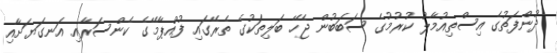
ދުންފަތުގެ އިސްތިއުމާލު ކުރުމުގެ ސަބަބުން ޖެހޭ ބަލިތަކުގެ ތެރޭގައި ފުއްޕާމޭގެ ކެންސަރާއި އަނގަޔަށާއި